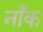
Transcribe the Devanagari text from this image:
नाँक